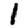
Digit: 1